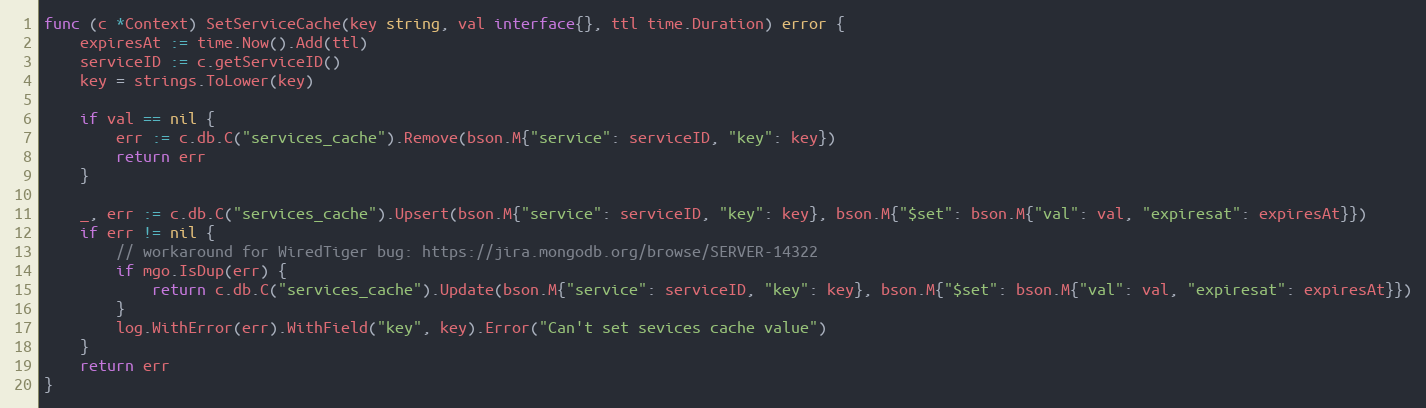
Language: Go
func (c *Context) SetServiceCache(key string, val interface{}, ttl time.Duration) error {
	expiresAt := time.Now().Add(ttl)
	serviceID := c.getServiceID()
	key = strings.ToLower(key)

	if val == nil {
		err := c.db.C("services_cache").Remove(bson.M{"service": serviceID, "key": key})
		return err
	}

	_, err := c.db.C("services_cache").Upsert(bson.M{"service": serviceID, "key": key}, bson.M{"$set": bson.M{"val": val, "expiresat": expiresAt}})
	if err != nil {
		// workaround for WiredTiger bug: https://jira.mongodb.org/browse/SERVER-14322
		if mgo.IsDup(err) {
			return c.db.C("services_cache").Update(bson.M{"service": serviceID, "key": key}, bson.M{"$set": bson.M{"val": val, "expiresat": expiresAt}})
		}
		log.WithError(err).WithField("key", key).Error("Can't set sevices cache value")
	}
	return err
}